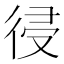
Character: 𢔀